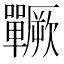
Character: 𱕵